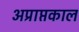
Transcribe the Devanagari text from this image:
अप्राप्तकाल